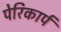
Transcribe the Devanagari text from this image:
पेरिकार्प